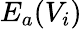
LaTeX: E_{a}(V_{i})